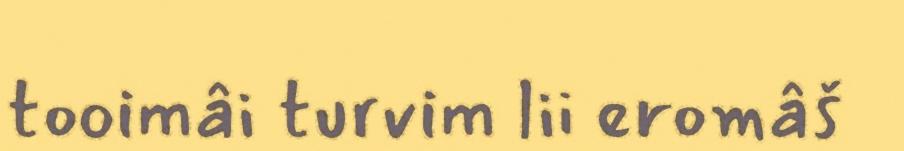
tooimâi turvim lii eromâš